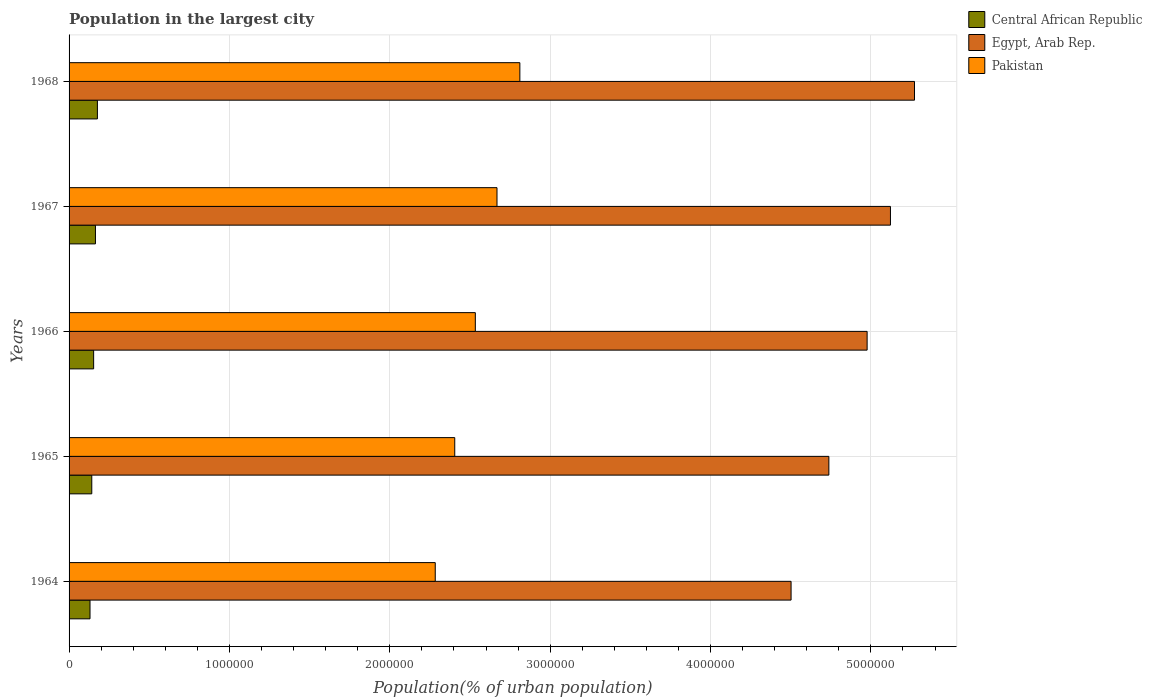
| Years | Central African Republic | Egypt, Arab Rep. | Pakistan |
 | --- | --- | --- | --- |
 | 1964 | 1.31e+05 | 4.5e+06 | 2.28e+06 |
 | 1965 | 1.42e+05 | 4.74e+06 | 2.41e+06 |
 | 1966 | 1.53e+05 | 4.98e+06 | 2.53e+06 |
 | 1967 | 1.65e+05 | 5.12e+06 | 2.67e+06 |
 | 1968 | 1.77e+05 | 5.27e+06 | 2.81e+06 |